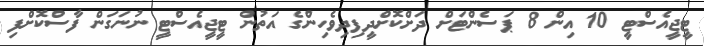
ޓީޖީއެސްޓީ 10 އިން 8 ޕަސެންޓަށް ދަށްކޮށްދީފިދިވެހިންގެ އަތުން ޓީޖީއެސްޓީ ނުނަގަން ފާސްކޮށްފި